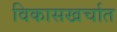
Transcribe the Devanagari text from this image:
विकासखर्चात